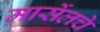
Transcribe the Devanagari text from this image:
मार्सेलचे